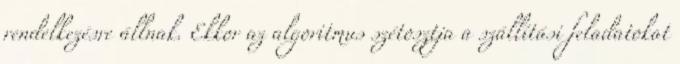
rendelkezésre állnak. Ekkor az algoritmus szétosztja a szállítási feladatokat